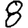
Digit: 8